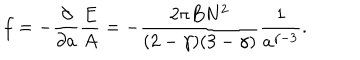
f = - { \frac { \partial } { \partial a } } { \frac { E } { A } } = - { \frac { 2 \pi B N ^ { 2 } } { ( 2 - \gamma ) ( 3 - \gamma ) } } { \frac { 1 } { a ^ { \gamma - 3 } } } .